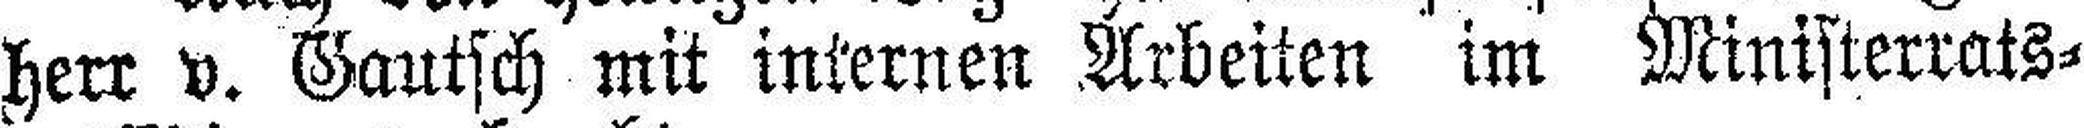
herr v. Gautsch mit internen Arbeiten im Ministerrats¬